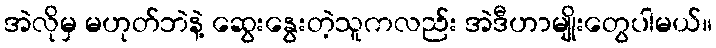
အဲလိုမှ မဟုတ်ဘဲနဲ့ ဆွေးနွေးတဲ့သူကလည်း အဲဒီဟာမျိုးတွေပါမယ်။